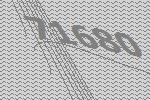
71680